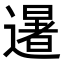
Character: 𮟕